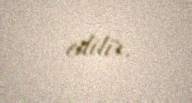
edilir.